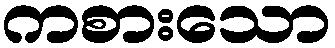
ကစားသော